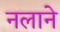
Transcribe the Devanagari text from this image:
नलाने